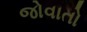
જોવાતો